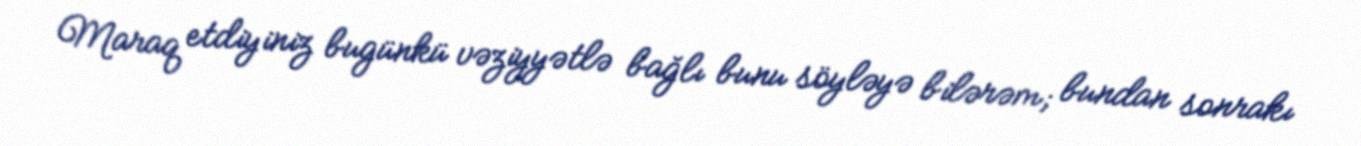
Maraq etdiyiniz bugünkü vəziyyətlə bağlı bunu söyləyə bilərəm; bundan sonrakı